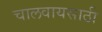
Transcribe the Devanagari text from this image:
चालवायसाठी